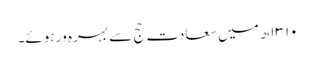
۱۳۱۰ھ میں سعادت حج سے بہرہ ور ہوئے۔